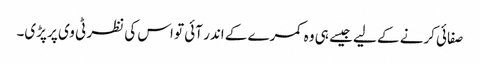
صفائی کرنے کے لیے جیسے ہی وہ کمرے کے اندر آئی تو اس کی نظر ٹی وی پر پڑی۔